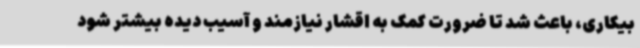
بیکاری، باعث شد تا ضرورت کمک به اقشار نیازمند و آسیب دیده بیشتر شود